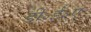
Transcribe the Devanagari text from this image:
डी॰ई॰ए